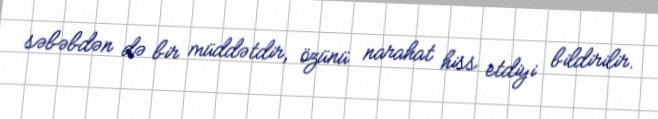
səbəbdən də bir müddətdir, özünü narahat hiss etdiyi bildirilir.